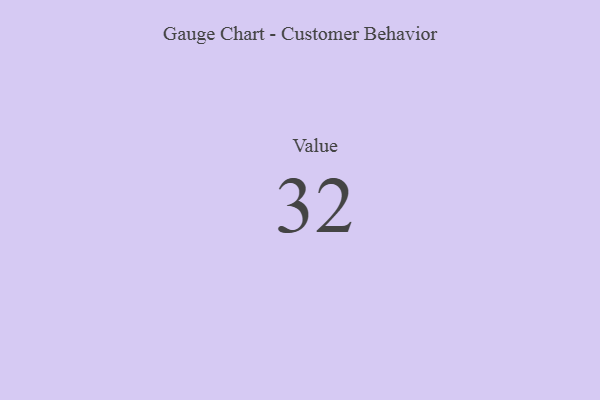
{"axis": {"x": "Metric", "y": "Value"}, "legend": [""], "data": [{"x": "Value", "y": 32, "type": ""}]}